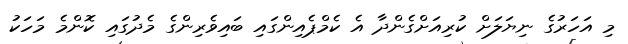
މި އަހަރުގެ ނިޔަލަށް ކުރިއަށްގެންދާ އެ ކެމްޕެއިންގައި ބައިވެރިންގެ މެދުގައި ކޮންމެ މަހަކު